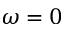
\omega = 0